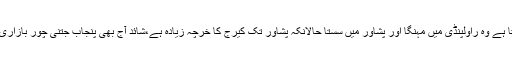
پنجاب سے جو فروٹ جاتا ہے وہ راولپنڈی میں مہنگا اور پشاور میں سستا حالانکہ پشاور تک کیرج کا خرچہ زیادہ ہے،شائد آج بھی پنجاب جتنی چور بازاری پشاور کا مزاج نہیں بنی۔